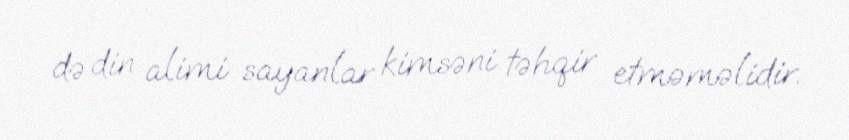
də din alimi sayanlar kimsəni təhqir etməməlidir.